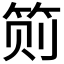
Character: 𱷸